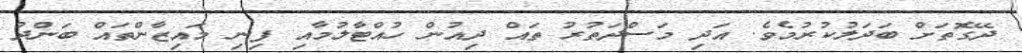
ދޭގޮތަށް ބަދަލުކުރުމެވެ. އަދި މަސްދަތުރު ތައް ދިއުން ހުއްޓާލުމާއި ފިނި މައިޒާންތައް ބަންދު